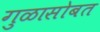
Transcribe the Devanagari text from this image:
गुळासोबत